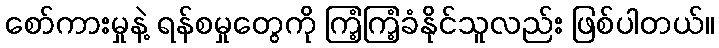
စော်ကားမှုနဲ့ ရန်စမှုတွေကို ကြံ့ကြံ့ခံနိုင်သူလည်း ဖြစ်ပါတယ်။